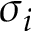
\sigma _ { i }